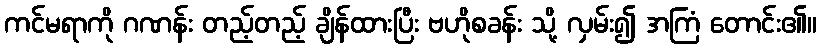
ကင်မရာကို ဂဏန်း တည့်တည့် ချိန်ထားပြီး ဗဟိုစခန်း သို့ လှမ်း၍ အကြံ တောင်း၏။